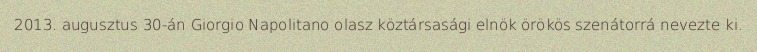
2013. augusztus 30-án Giorgio Napolitano olasz köztársasági elnök örökös szenátorrá nevezte ki.